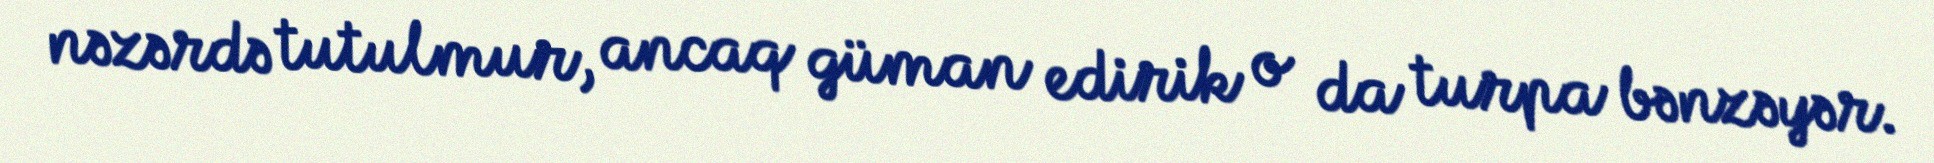
nəzərdə tutulmur, ancaq güman edirik o da turpa bənzəyər.